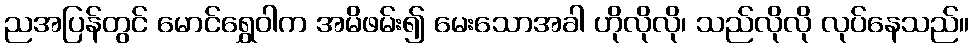
ညအပြန်တွင် မောင်ရွှေဝါက အမိဖမ်း၍ မေးသောအခါ ဟိုလိုလို၊ သည်လိုလို လုပ်နေသည်။